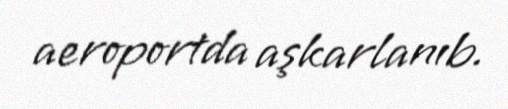
aeroportda aşkarlanıb.